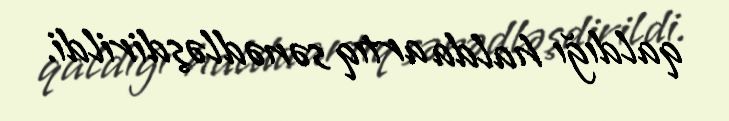
qaldığı halda artıq sənədləşdirildi.